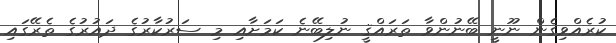
ކުރެއްވިގެން ނޫނީ ބޭނުންވާ ތަރައްޤީ ނުލިބޭނެ ކަމަށާއި މި ސަރުކާރުގެ ދައުރުގެ ތެރޭގައި